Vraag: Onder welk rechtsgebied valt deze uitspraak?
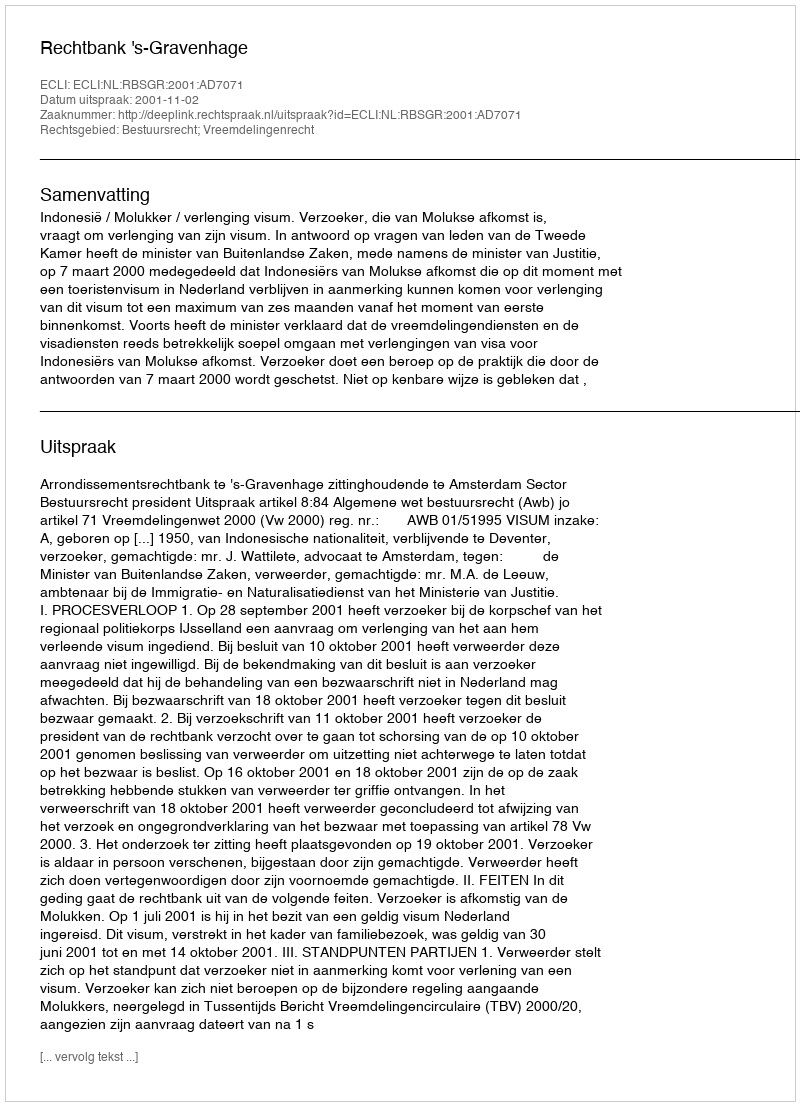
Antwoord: Bestuursrecht; Vreemdelingenrecht